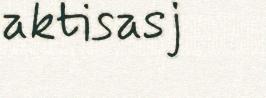
aktisasj